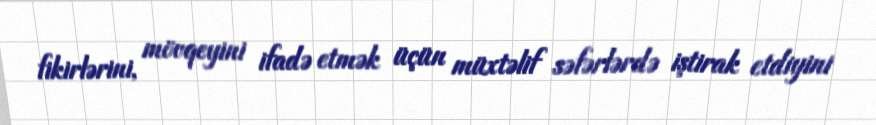
fikirlərini, mövqeyini ifadə etmək üçün müxtəlif səfərlərdə iştirak etdiyini